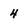
Character: 4